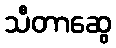
သီတာဆွေ